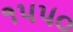
૧૫૫૦